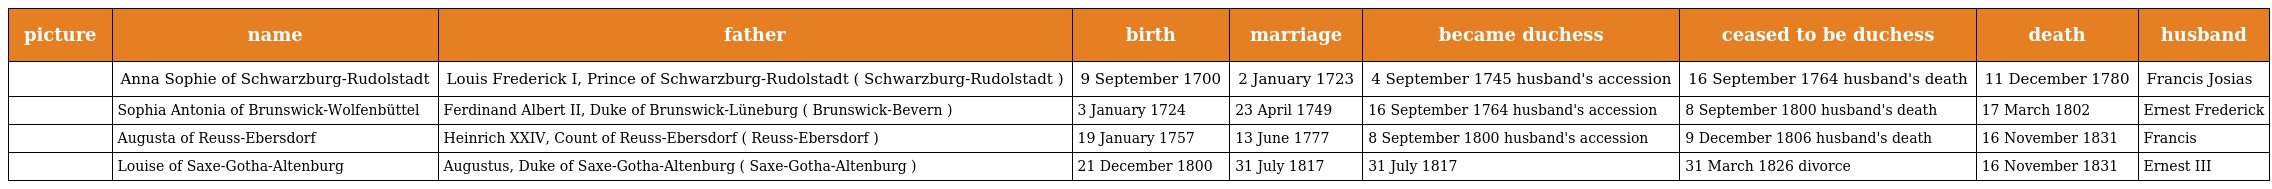
| picture | name | father | birth | marriage | became duchess | ceased to be duchess | death | husband |
 | --- | --- | --- | --- | --- | --- | --- | --- | --- |
 |  | Anna Sophie of Schwarzburg-Rudolstadt | Louis Frederick I, Prince of Schwarzburg-Rudolstadt ( Schwarzburg-Rudolstadt ) | 9 September 1700 | 2 January 1723 | 4 September 1745 husband's accession | 16 September 1764 husband's death | 11 December 1780 | Francis Josias |
 |  | Sophia Antonia of Brunswick-Wolfenbüttel | Ferdinand Albert II, Duke of Brunswick-Lüneburg ( Brunswick-Bevern ) | 3 January 1724 | 23 April 1749 | 16 September 1764 husband's accession | 8 September 1800 husband's death | 17 March 1802 | Ernest Frederick |
 |  | Augusta of Reuss-Ebersdorf | Heinrich XXIV, Count of Reuss-Ebersdorf ( Reuss-Ebersdorf ) | 19 January 1757 | 13 June 1777 | 8 September 1800 husband's accession | 9 December 1806 husband's death | 16 November 1831 | Francis |
 |  | Louise of Saxe-Gotha-Altenburg | Augustus, Duke of Saxe-Gotha-Altenburg ( Saxe-Gotha-Altenburg ) | 21 December 1800 | 31 July 1817 | 31 July 1817 | 31 March 1826 divorce | 16 November 1831 | Ernest III |